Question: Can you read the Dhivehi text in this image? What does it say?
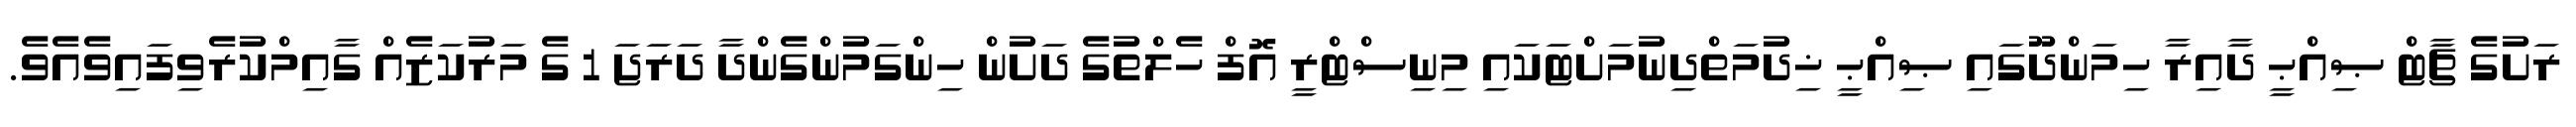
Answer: ރަށުގެ ޗާޓް ޞިއްޙީ ދާއިރާ ހިމަންދޫގައި ޞިއްޙީ ޚިދުމަތްދިނުމަށްޓަކައި މިނިސްޓްރީ އޮފް ހެލްތުގެ ދަށުން ހިންގަމުންގެންދާ ދަރަޖަ 1 ގެ މަރުކަޒެއް ގާއިމްކުރެވިފައިވެއެވެ.